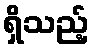
ရှိသည့်